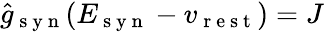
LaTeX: \hat{g}_{\mathrm{~s~y~n~}}(E_{\mathrm{~s~y~n~}}-v_{\mathrm{~r~e~s~t~}})=J